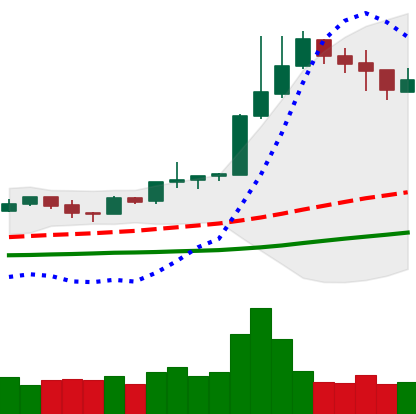
Ticker: NEO-USD
Chart end date: 2019-04-10
Forward return: -14.036%
Label: down_7plus